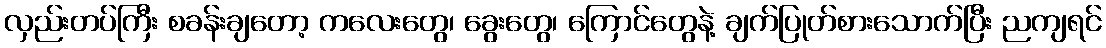
လှည်းတပ်ကြီး စခန်းချတော့ ကလေးတွေ၊ ခွေးတွေ၊ ကြောင်တွေနဲ့ ချက်ပြုတ်စားသောက်ပြီး ညကျရင်